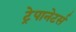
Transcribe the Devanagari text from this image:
ट्रेपानेटर्स